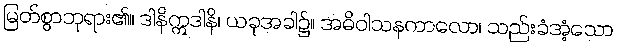
မြတ်စွာဘုရား၏။ ဒါနိဣဒါနိ၊ ယခုအခါ၌။ အဓိဝါသနကာလော၊ သည်းခံအံ့သော